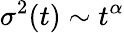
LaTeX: \sigma^{2}(t)\sim t^{\alpha}